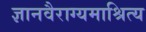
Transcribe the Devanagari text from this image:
ज्ञानवैराग्यमाश्रित्य